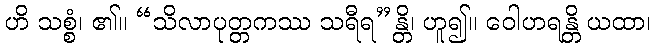
ဟိ သစ္စံ၊ ၏။ “သိလာပုတ္တကဿ သရီရ”န္တိ၊ ဟူ၍။ ဝေါဟရန္တိ ယထာ၊